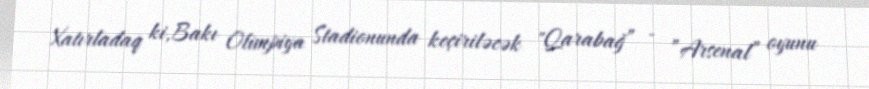
Xatırladaq ki,Bakı Olimpiya Stadionunda keçiriləcək "Qarabağ” - ”Arsenal” oyunu